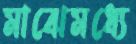
মাঝেমধ্যে